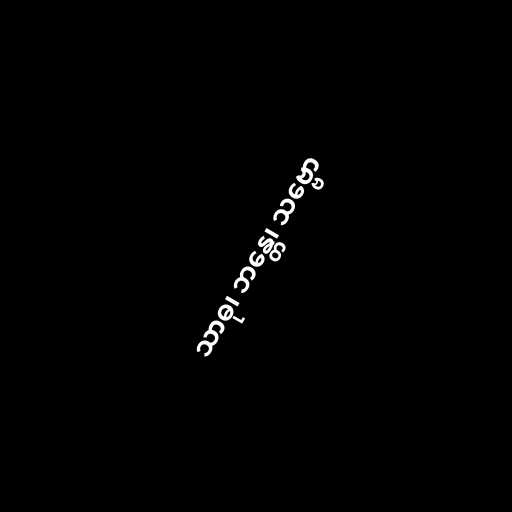
သာဓု၊ ဘန္တေ၊ သဗ္ဗော